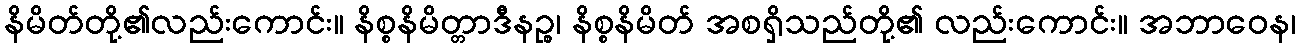
နိမိတ်တို့၏လည်းကောင်း။ နိစ္စနိမိတ္တာဒီနဉ္စ၊ နိစ္စနိမိတ် အစရှိသည်တို့၏ လည်းကောင်း။ အဘာဝေန၊